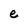
Character: e